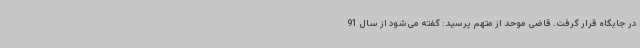
در جایگاه قرار گرفت. قاضی موحد از متهم پرسید: گفته می‌شود از سال 91